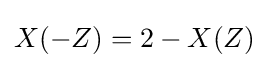
X(-Z)=2-X(Z)